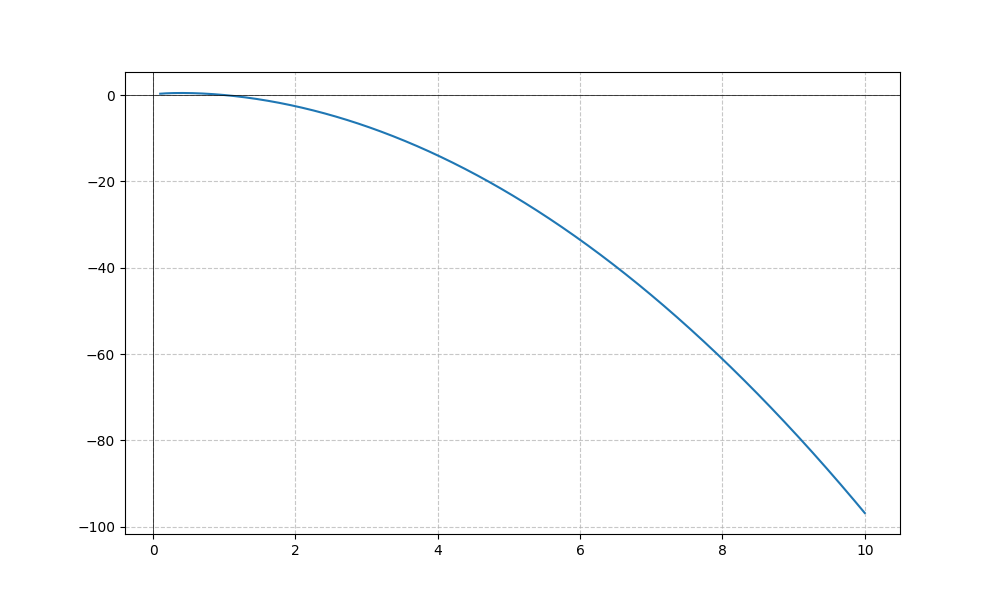
LaTeX formula: \sqrt{x} - x^{2}